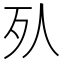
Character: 𣦹